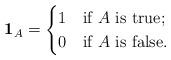
LaTeX: \begin{align*} \mathbf{1}_{A} = \begin{cases} 1 & \textrm{if $A$ is true}; \\ 0 & \textrm{if $A$ is false}. \\ \end{cases} \end{align*}